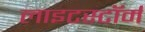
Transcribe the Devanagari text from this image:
लाइटस्टॉर्म